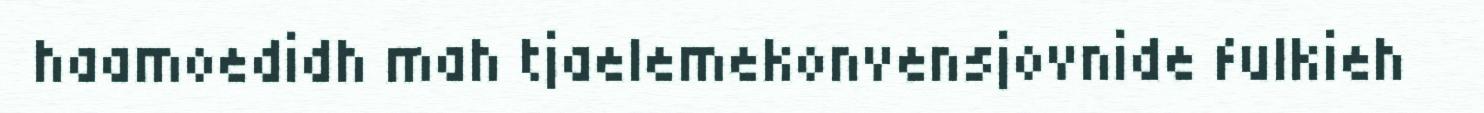
haamoedidh mah tjaelemekonvensjovnide fulkieh